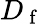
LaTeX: D_{\mathrm{~f~}}